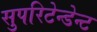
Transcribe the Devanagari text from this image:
सुपरिटेन्डेन्ट